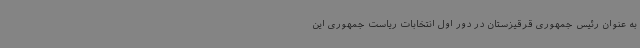
به عنوان رئیس جمهوری قرقیزستان در دور اول انتخابات ریاست جمهوری این